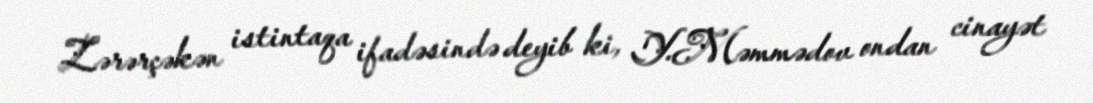
Zərərçəkən istintaqa ifadəsində deyib ki, Y.Məmmədov ondan cinayət